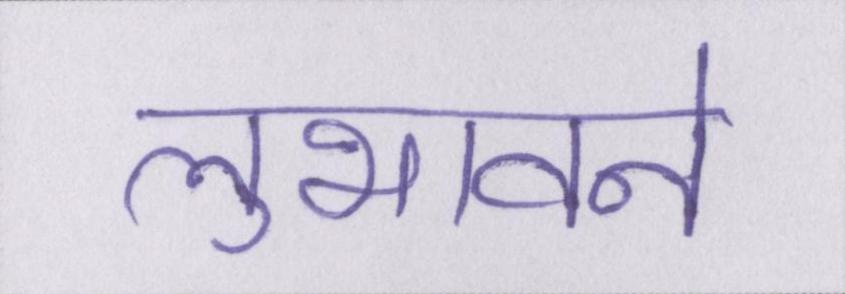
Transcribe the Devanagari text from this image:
लुभावने